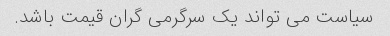
سیاست می تواند یک سرگرمی گران قیمت باشد.